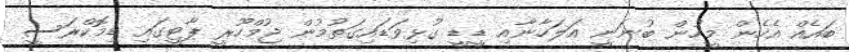
ބައެއް އެހެން މީހުން ބުނަނީ އަލަހާނާއި ޑީޑީ ގުޅިވަޑައިގަތުމުން ޖުމްހޫރީ ޕާޓީގައި ޑިމޮކްރަސީ